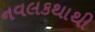
નવલકથાથી